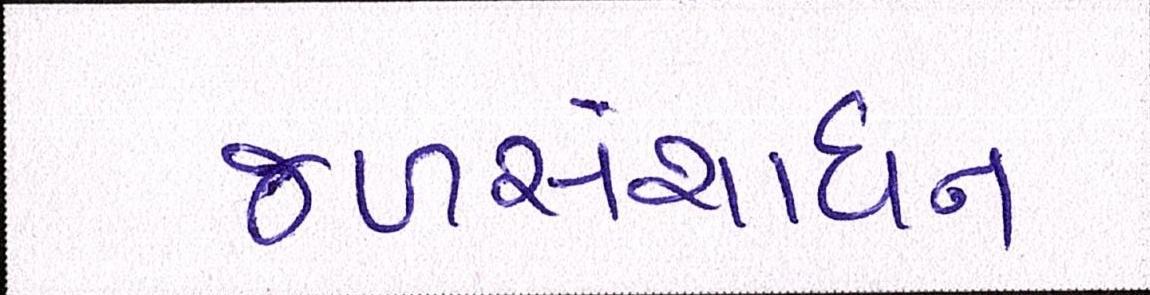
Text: જળસંશાધન